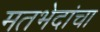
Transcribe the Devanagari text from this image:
मतभेदांचा